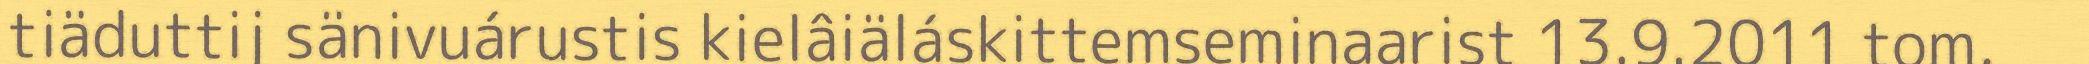
tiäduttij sänivuárustis kielâiäláskittemseminaarist 13.9.2011 tom,